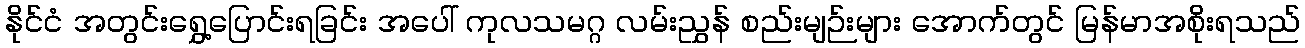
နိုင်ငံ အတွင်းရွှေ့ပြောင်းရခြင်း အပေါ် ကုလသမဂ္ဂ လမ်းညွှန် စည်းမျဉ်းများ အောက်တွင် မြန်မာအစိုးရသည်